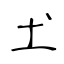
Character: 𡈽